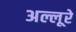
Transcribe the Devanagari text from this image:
अल्लूरे